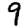
Digit: 9